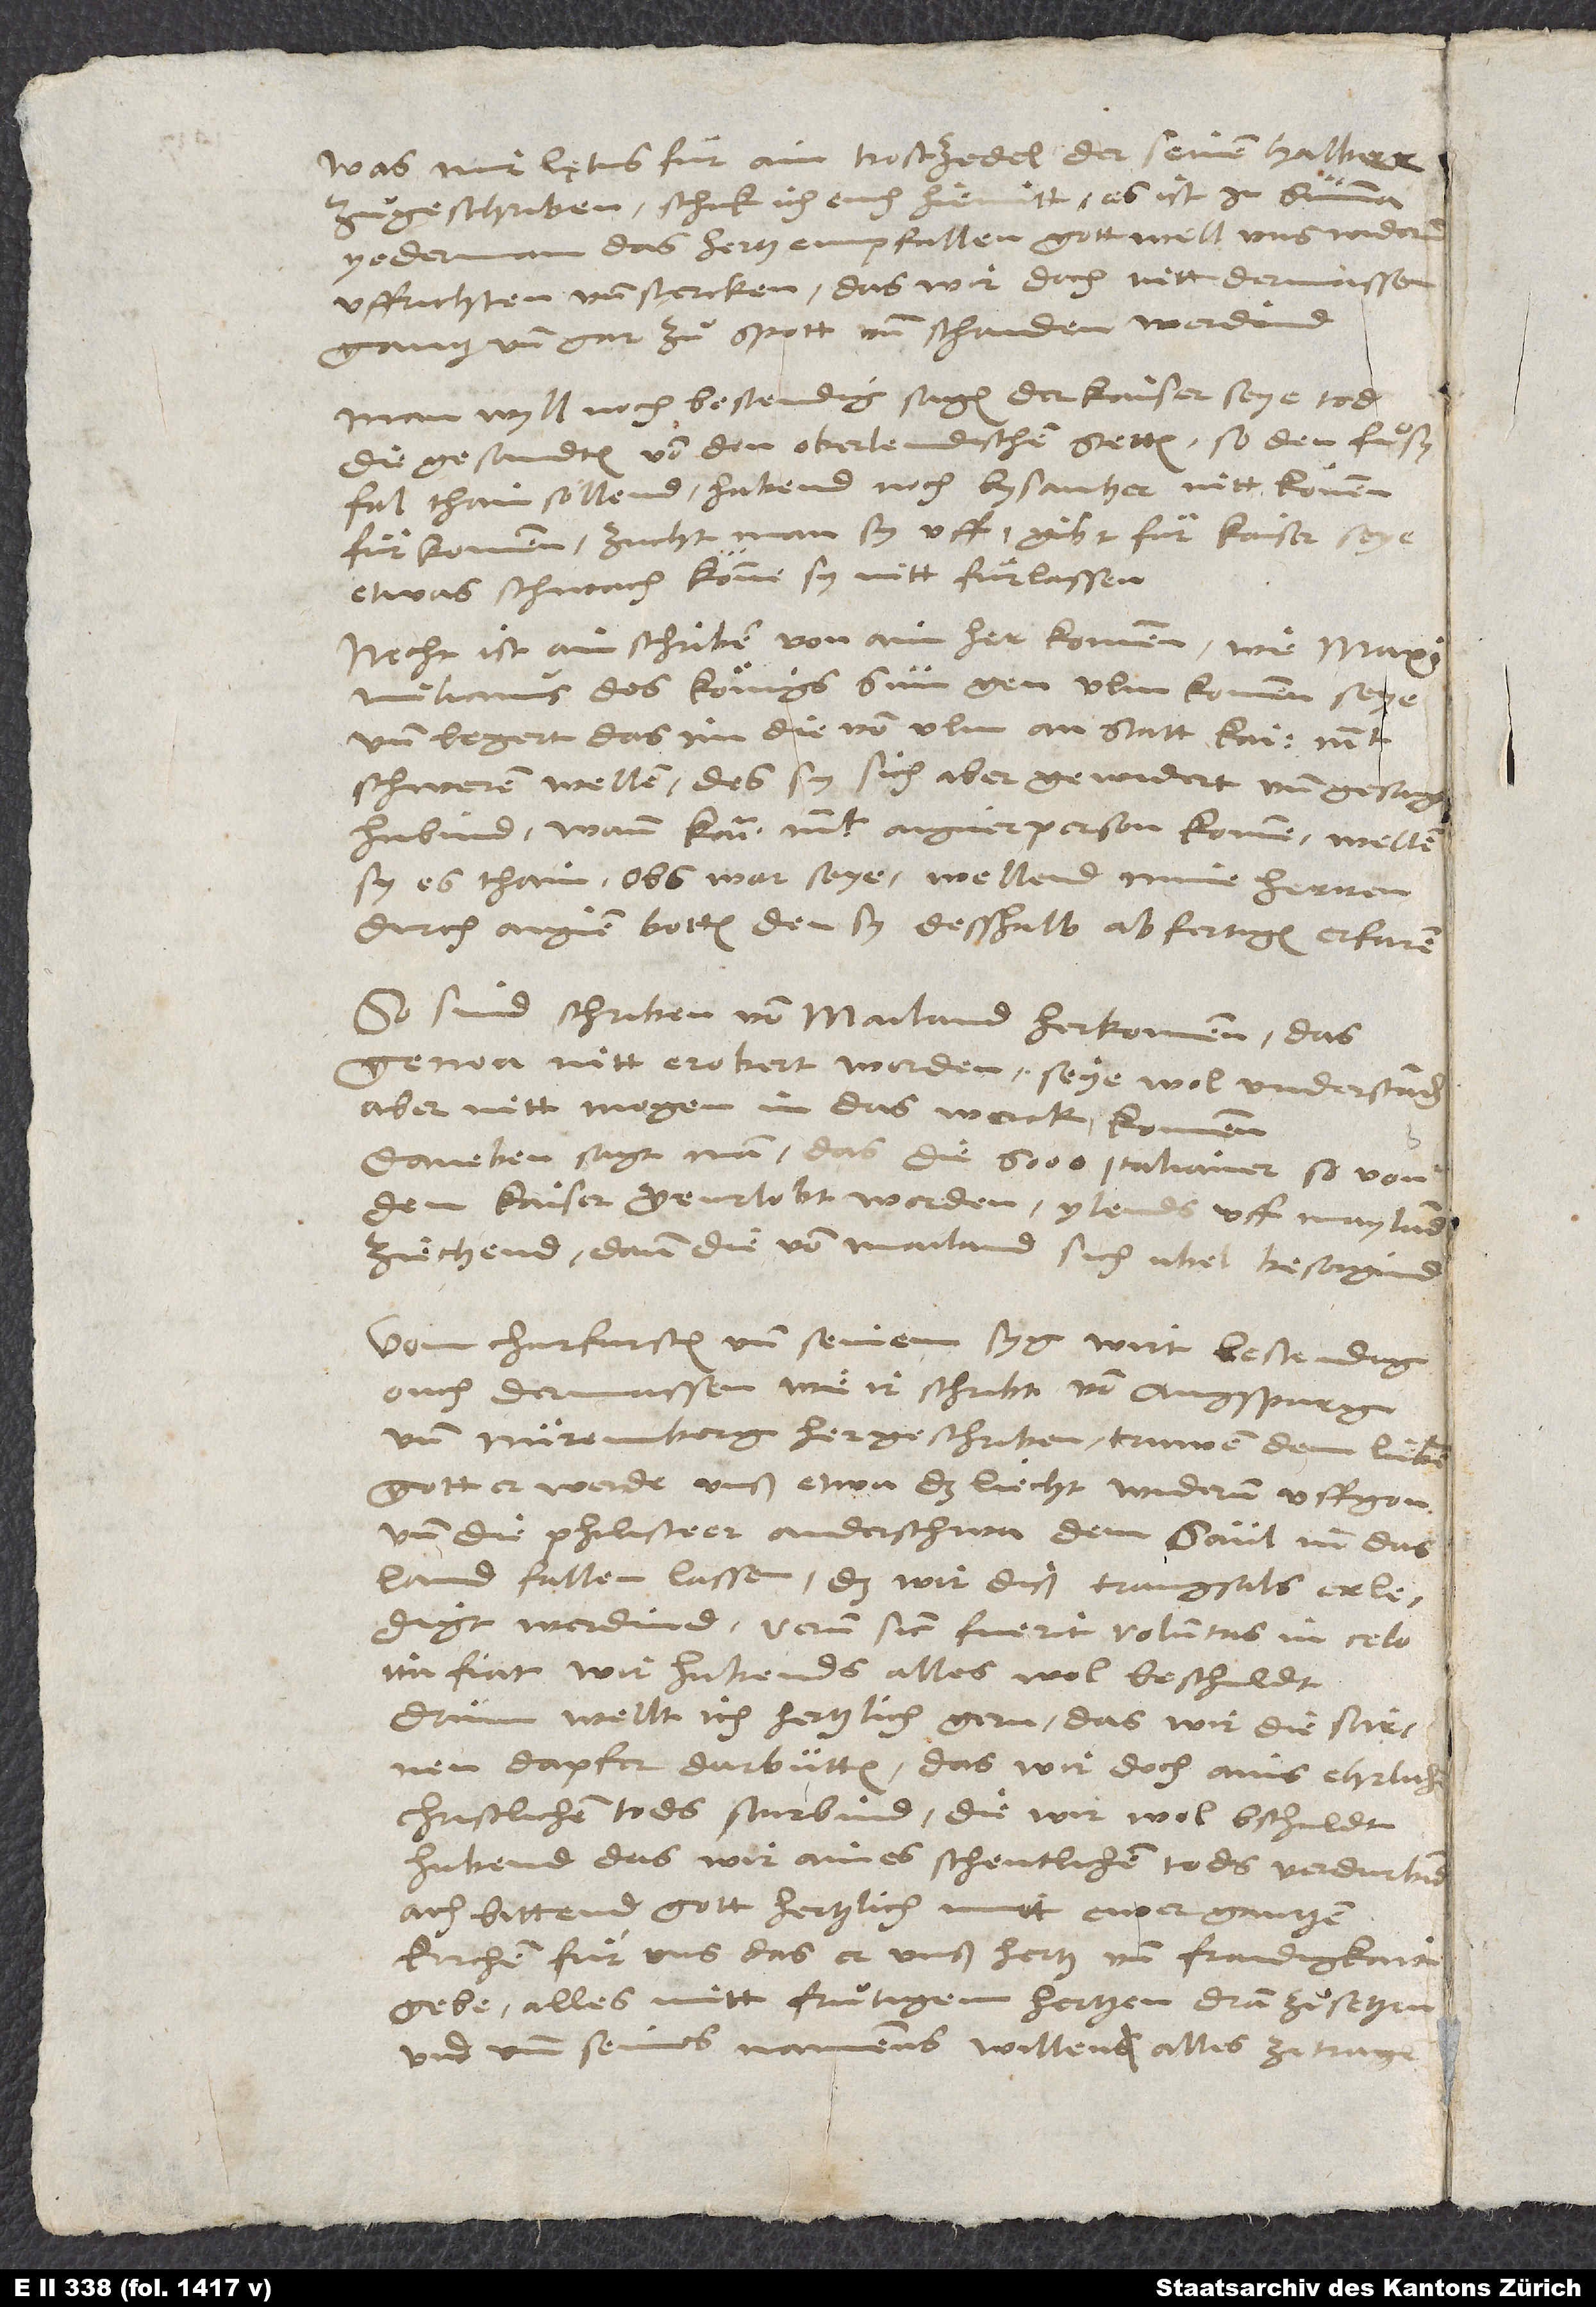
Was mir Lętus fuͤr ain trostzedel der seinen halber
zuͦgeschriben, schick ich euch hiemitt. Es ist in summa
yederman das hertz empfallen! Gott well unß wider
uffrichten und stercken, das wir doch nitt dermassen
gantz und gar zuͦ spott und schanden werdind!
Man wyll noch bestendig sagen, der kaiser seye tod.
Die gesandten von den oberlendschen stetten, so den fuͦßfal
thain sollend, habend noch bysanher nitt koͤnnen
fuͤrkommen. Zucht man sy uff. Gibt fuͤr, kaiser seye
etwas schwach; könne sy nitt fuͤrlassen.
Necht ist ain schriben von aim herkommen, wie Maximilianus,
des koͤnigs sun, gen Ulm kommen seye
und begert, das im die von Ulm an statt kait
schweren wellen, des sy sich aber gewidert und gesagt
habind: Wann kai. mt. aigner person komme, wellen
sy es thain. Obs war seye, wellend mine herren
durch aignen botten, den sy desshalb abfertigen, erfaren.
So sind schriben von Mailand herkommen, das
Genoa nitt erobert worden. Seye wol understan
ziechen, dann die von Mailand sich ubel besorgind.
Vom churfursten und seinem syg wirt bestendig
ouch dermassen, wie ir schribt, von Augspurg
und Nuremberg her geschriben. Truwen dem li.
Ach bittend gott hertzlich mitt ewer gantzen
kirchen fuͤr uns, das er unß hertz und fraidigkait
gebe, alles mit fruͦtigem hertzen dran zuͦsetzen
und umb seines namens willen alles ze tragen.